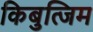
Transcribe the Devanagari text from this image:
किबुत्जिम